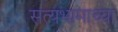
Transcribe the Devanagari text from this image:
सत्यभामाच्या